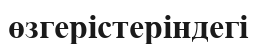
өзгерістеріндегі